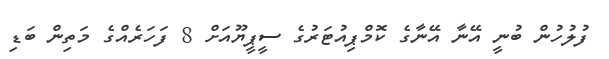
ފުލުހުން ބުނީ އޭނާ އޭނާގެ ކޮމްޕިއުޓަރުގެ ސީޕީޔޫއަށް 8 ފަހަރެއްގެ މަތިން ބަޑި